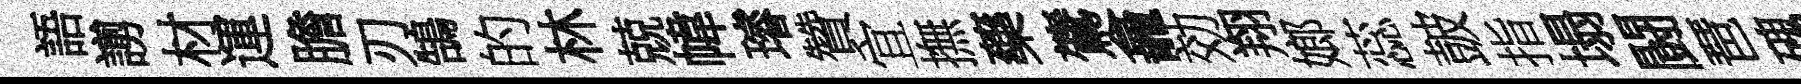
語謭材運膽刃鵠的林兢幃璿贊宜撫藥鷟龕効翔嫏蕊皷指塌闘琶磈